Burma Government Medical School reports 1907-22
Year: 1907
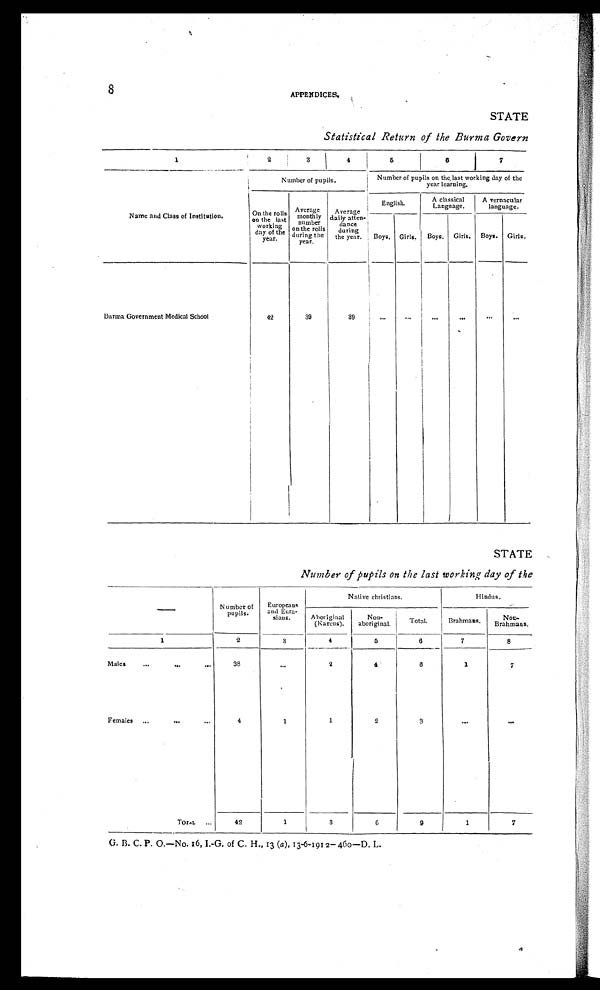
8
APPENDICES.
STATE
Statistical Return of the Burma Govern
1
2
3
4
5
6
7
Name and Class of Institution.
Number of pupils.
Number of pupils on the last working day of the
year learning.
O n t h e r o l l s o n t h e l a s t w o r k i n g d a y o f t h e y e a r .
A v e r a g e m o n t h l y n u m b e r o n t h e r o l l s d u r i n g t h e y e a r .
A v e r a g e d a i l y a t t e n d a n c e d u r i n g t h e y e a r .
English.
A classical language. A vernacular
language language.
Boys. Girls. Boys. Girls. Boys. Girls.
Burma Government Medical School
42
39
3 9
...
...
. . .
...
. . .
. . .
STATE
Number of pupils on the last working day of the
Number of
pupils.
European
sians.
and Eura-
s i a n s .
Native christians.
Hindus.
Aboriginal (Karens). Non-aboriginal Total.
Brahmans.
Non -
Brahmans
1
2
3
4
5
6
7
8
Males
...
...
...
38
...
2
4
6
1
7
Females ...
... ...
4
1
1
2
3
...
...
Total ...
42
1
3
6
9
1
7
G. B. C. P. O.—No. 16, I.-G. of C. H., 13 (a) , 13-6-1912-460—D. L.